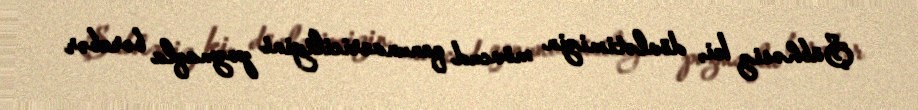
Şübhəsiz ki, dövlətimizin mövcud qanunvericiliyini pozmaqla bərabər